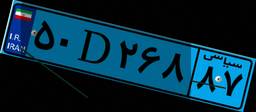
۵۰D۲۶۸۸۷